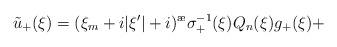
LaTeX: \begin{align*}\tilde u_+(\xi)=(\xi_m+i|\xi'|+i)^{\ae}\sigma^{-1}_+(\xi)Q_n(\xi)g_+(\xi)+\end{align*}